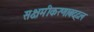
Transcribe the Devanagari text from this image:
सक्षमीकरणाबद्दल